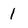
Character: 1